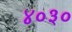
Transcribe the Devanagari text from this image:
४०३०